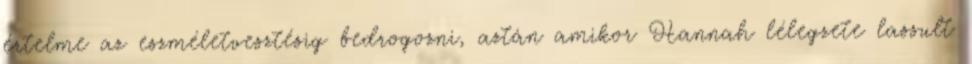
értelme az eszméletvesztésig bedrogozni, aztán amikor Hannah lélegzete lassult